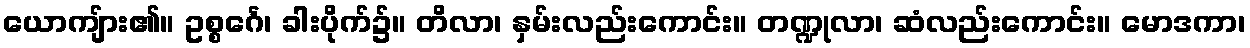
ယောကျ်ား၏။ ဥစ္စင်္ဂေ၊ ခါးပိုက်၌။ တိလာ၊ နှမ်းလည်းကောင်း။ တဏ္ဍုလာ၊ ဆံလည်းကောင်း။ မောဒကာ၊